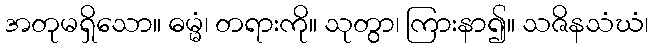
အတုမရှိသော။ ဓမ္မံ၊ တရားကို။ သုတွာ၊ ကြားနာ၍။ သဇိနသံဃံ၊